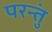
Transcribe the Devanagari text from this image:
परन्तुं